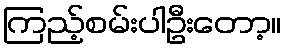
ကြည့်စမ်းပါဦးတော့။